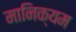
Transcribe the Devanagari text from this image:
मानिक्यम